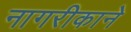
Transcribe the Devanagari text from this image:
नागरीकाने